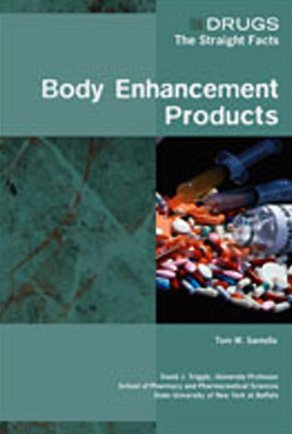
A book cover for Body Enhancement Products (Drugs: the Straight Facts); Thomas M. Santella; Teen & Young Adult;